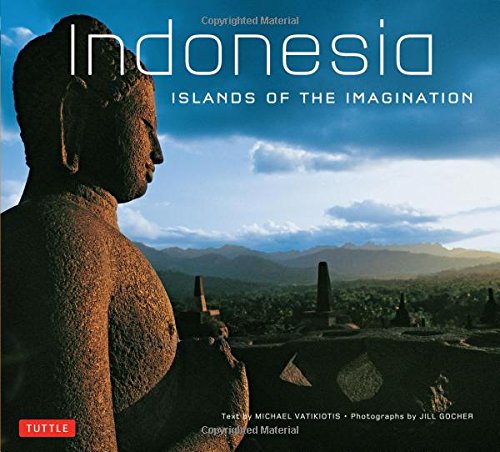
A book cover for Indonesia Islands of the Imagination; Michael Vatikiotis; Travel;